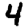
Digit: 4